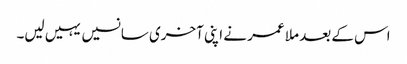
اس کے بعد ملا عمر نے اپنی آخری سانسیں یہیں لیں۔